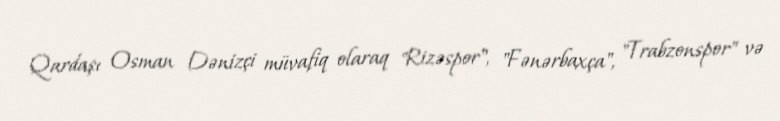
Qardaşı Osman Dənizçi müvafiq olaraq "Rizəspor", "Fənərbaxça", "Trabzonspor" və